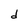
Character: d